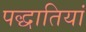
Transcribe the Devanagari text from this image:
पद्धातियां